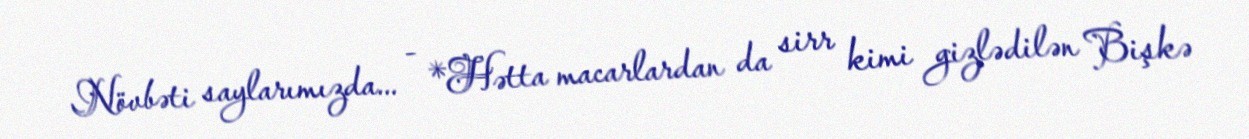
Növbəti saylarımızda... - *Hətta macarlardan da sirr kimi gizlədilən Bişkə